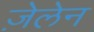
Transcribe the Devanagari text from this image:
ज़ेलेन